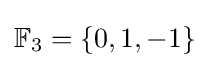
\mathbb {F} _{3}=\{0,1,-1\}